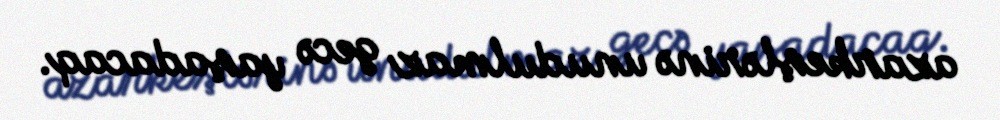
azarkeşlərinə unudulmaz gecə yaşadacaq.